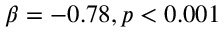
\beta = - 0 . 7 8 , p < 0 . 0 0 1